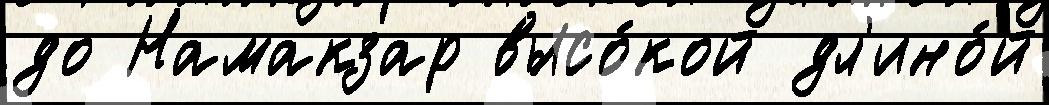
до Намакзар высо́кой дл'ино́й